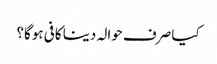
کیا صرف حوالہ دینا کافی ہوگا؟